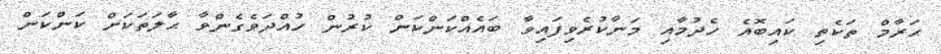
ޙަރާމް ތަކެތި ކައިބޮއެ ހެދުމާއި މަނާކުރެވިފައިވާ ބައެއްކަންކަން ކުރުން ހުއްދަވެގެންވާ ޙާލަތަކަށް ކަންކަން